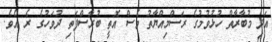
އަދި މުބާރާތް ހުޅުވުމުގެ ރަސްމިއްޔާތު ވެސް އޮތީ ބުރާސްފަތި ދުވަހުގެ ރެ އެވެ.